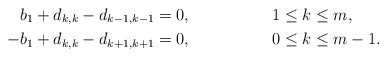
\begin{align*}b_{1}+d_{k,k}-d_{k-1,k-1} & =0, && 1\leq k\leq m,\\-b_{1}+d_{k,k}-d_{k+1,k+1} & =0, && 0\leq k\leq m-1.\end{align*}